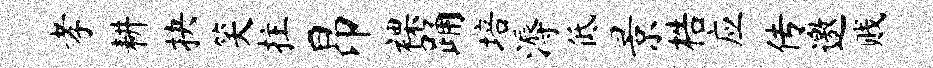
孝耕抉笑拄昂裸踊培溽低景梏应传邀贱